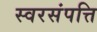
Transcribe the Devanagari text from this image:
स्वरसंपत्ति